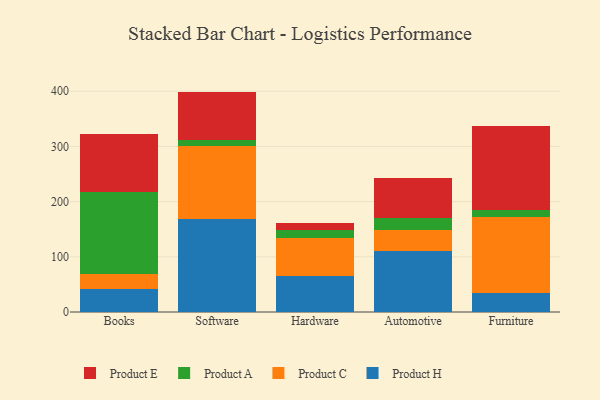
{"axis": {"x": "Category", "y": "LTV (USD)"}, "legend": ["Product A", "Product C", "Product E", "Product H"], "data": [{"x": "Books", "y": 41.6, "type": "Product H"}, {"x": "Books", "y": 26.5, "type": "Product C"}, {"x": "Books", "y": 149.0, "type": "Product A"}, {"x": "Books", "y": 106.1, "type": "Product E"}, {"x": "Software", "y": 167.6, "type": "Product H"}, {"x": "Software", "y": 132.6, "type": "Product C"}, {"x": "Software", "y": 11.2, "type": "Product A"}, {"x": "Software", "y": 87.9, "type": "Product E"}, {"x": "Hardware", "y": 64.5, "type": "Product H"}, {"x": "Hardware", "y": 70.4, "type": "Product C"}, {"x": "Hardware", "y": 13.8, "type": "Product A"}, {"x": "Hardware", "y": 12.5, "type": "Product E"}, {"x": "Automotive", "y": 111.3, "type": "Product H"}, {"x": "Automotive", "y": 36.6, "type": "Product C"}, {"x": "Automotive", "y": 22.9, "type": "Product A"}, {"x": "Automotive", "y": 72.2, "type": "Product E"}, {"x": "Furniture", "y": 33.7, "type": "Product H"}, {"x": "Furniture", "y": 137.6, "type": "Product C"}, {"x": "Furniture", "y": 13.3, "type": "Product A"}, {"x": "Furniture", "y": 152.1, "type": "Product E"}]}